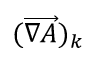
( \overrightarrow { \nabla A } ) _ { k }